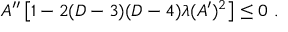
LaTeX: A ^ { \prime \prime } \left[ 1 - 2 ( D - 3 ) ( D - 4 ) \lambda ( A ^ { \prime } ) ^ { 2 } \right] \leq 0 ~ .